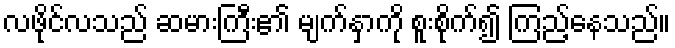
လဖိုင်လသည် ဆမားကြီး၏ မျက်နှာကို စူးစိုက်၍ ကြည့်နေသည်။